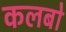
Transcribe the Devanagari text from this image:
कलबो